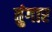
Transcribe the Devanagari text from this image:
तुंगार